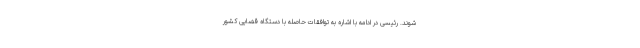
شوند. رئیسی در ادامه با اشاره به توافقات حاصله با دستگاه قضایی کشور